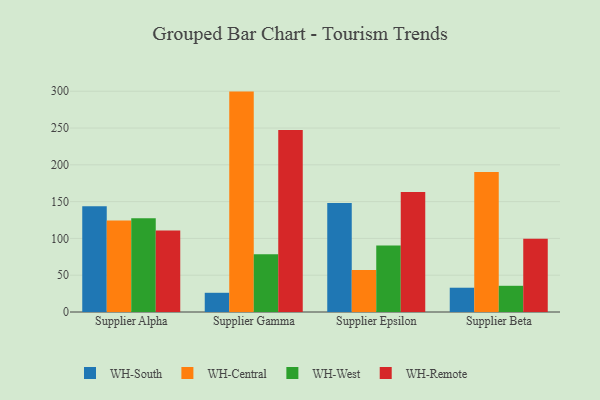
{"axis": {"x": "Supplier", "y": "Headcount"}, "legend": ["WH-Central", "WH-Remote", "WH-South", "WH-West"], "data": [{"x": "Supplier Alpha", "y": 143.8, "type": "WH-South"}, {"x": "Supplier Alpha", "y": 124.2, "type": "WH-Central"}, {"x": "Supplier Alpha", "y": 127.5, "type": "WH-West"}, {"x": "Supplier Alpha", "y": 110.8, "type": "WH-Remote"}, {"x": "Supplier Gamma", "y": 26.1, "type": "WH-South"}, {"x": "Supplier Gamma", "y": 299.5, "type": "WH-Central"}, {"x": "Supplier Gamma", "y": 78.6, "type": "WH-West"}, {"x": "Supplier Gamma", "y": 247.2, "type": "WH-Remote"}, {"x": "Supplier Epsilon", "y": 148.2, "type": "WH-South"}, {"x": "Supplier Epsilon", "y": 57.0, "type": "WH-Central"}, {"x": "Supplier Epsilon", "y": 90.5, "type": "WH-West"}, {"x": "Supplier Epsilon", "y": 163.1, "type": "WH-Remote"}, {"x": "Supplier Beta", "y": 33.0, "type": "WH-South"}, {"x": "Supplier Beta", "y": 190.1, "type": "WH-Central"}, {"x": "Supplier Beta", "y": 35.6, "type": "WH-West"}, {"x": "Supplier Beta", "y": 99.4, "type": "WH-Remote"}]}